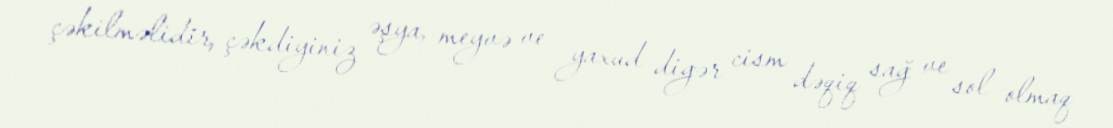
çəkilməlidir, çəkdiyiniz əşya, meyvə ve yaxud digər cism dəqiq sağ ve sol olmaq